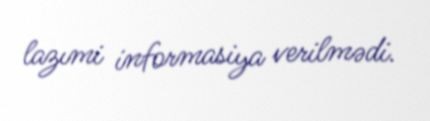
lazımi informasiya verilmədi.